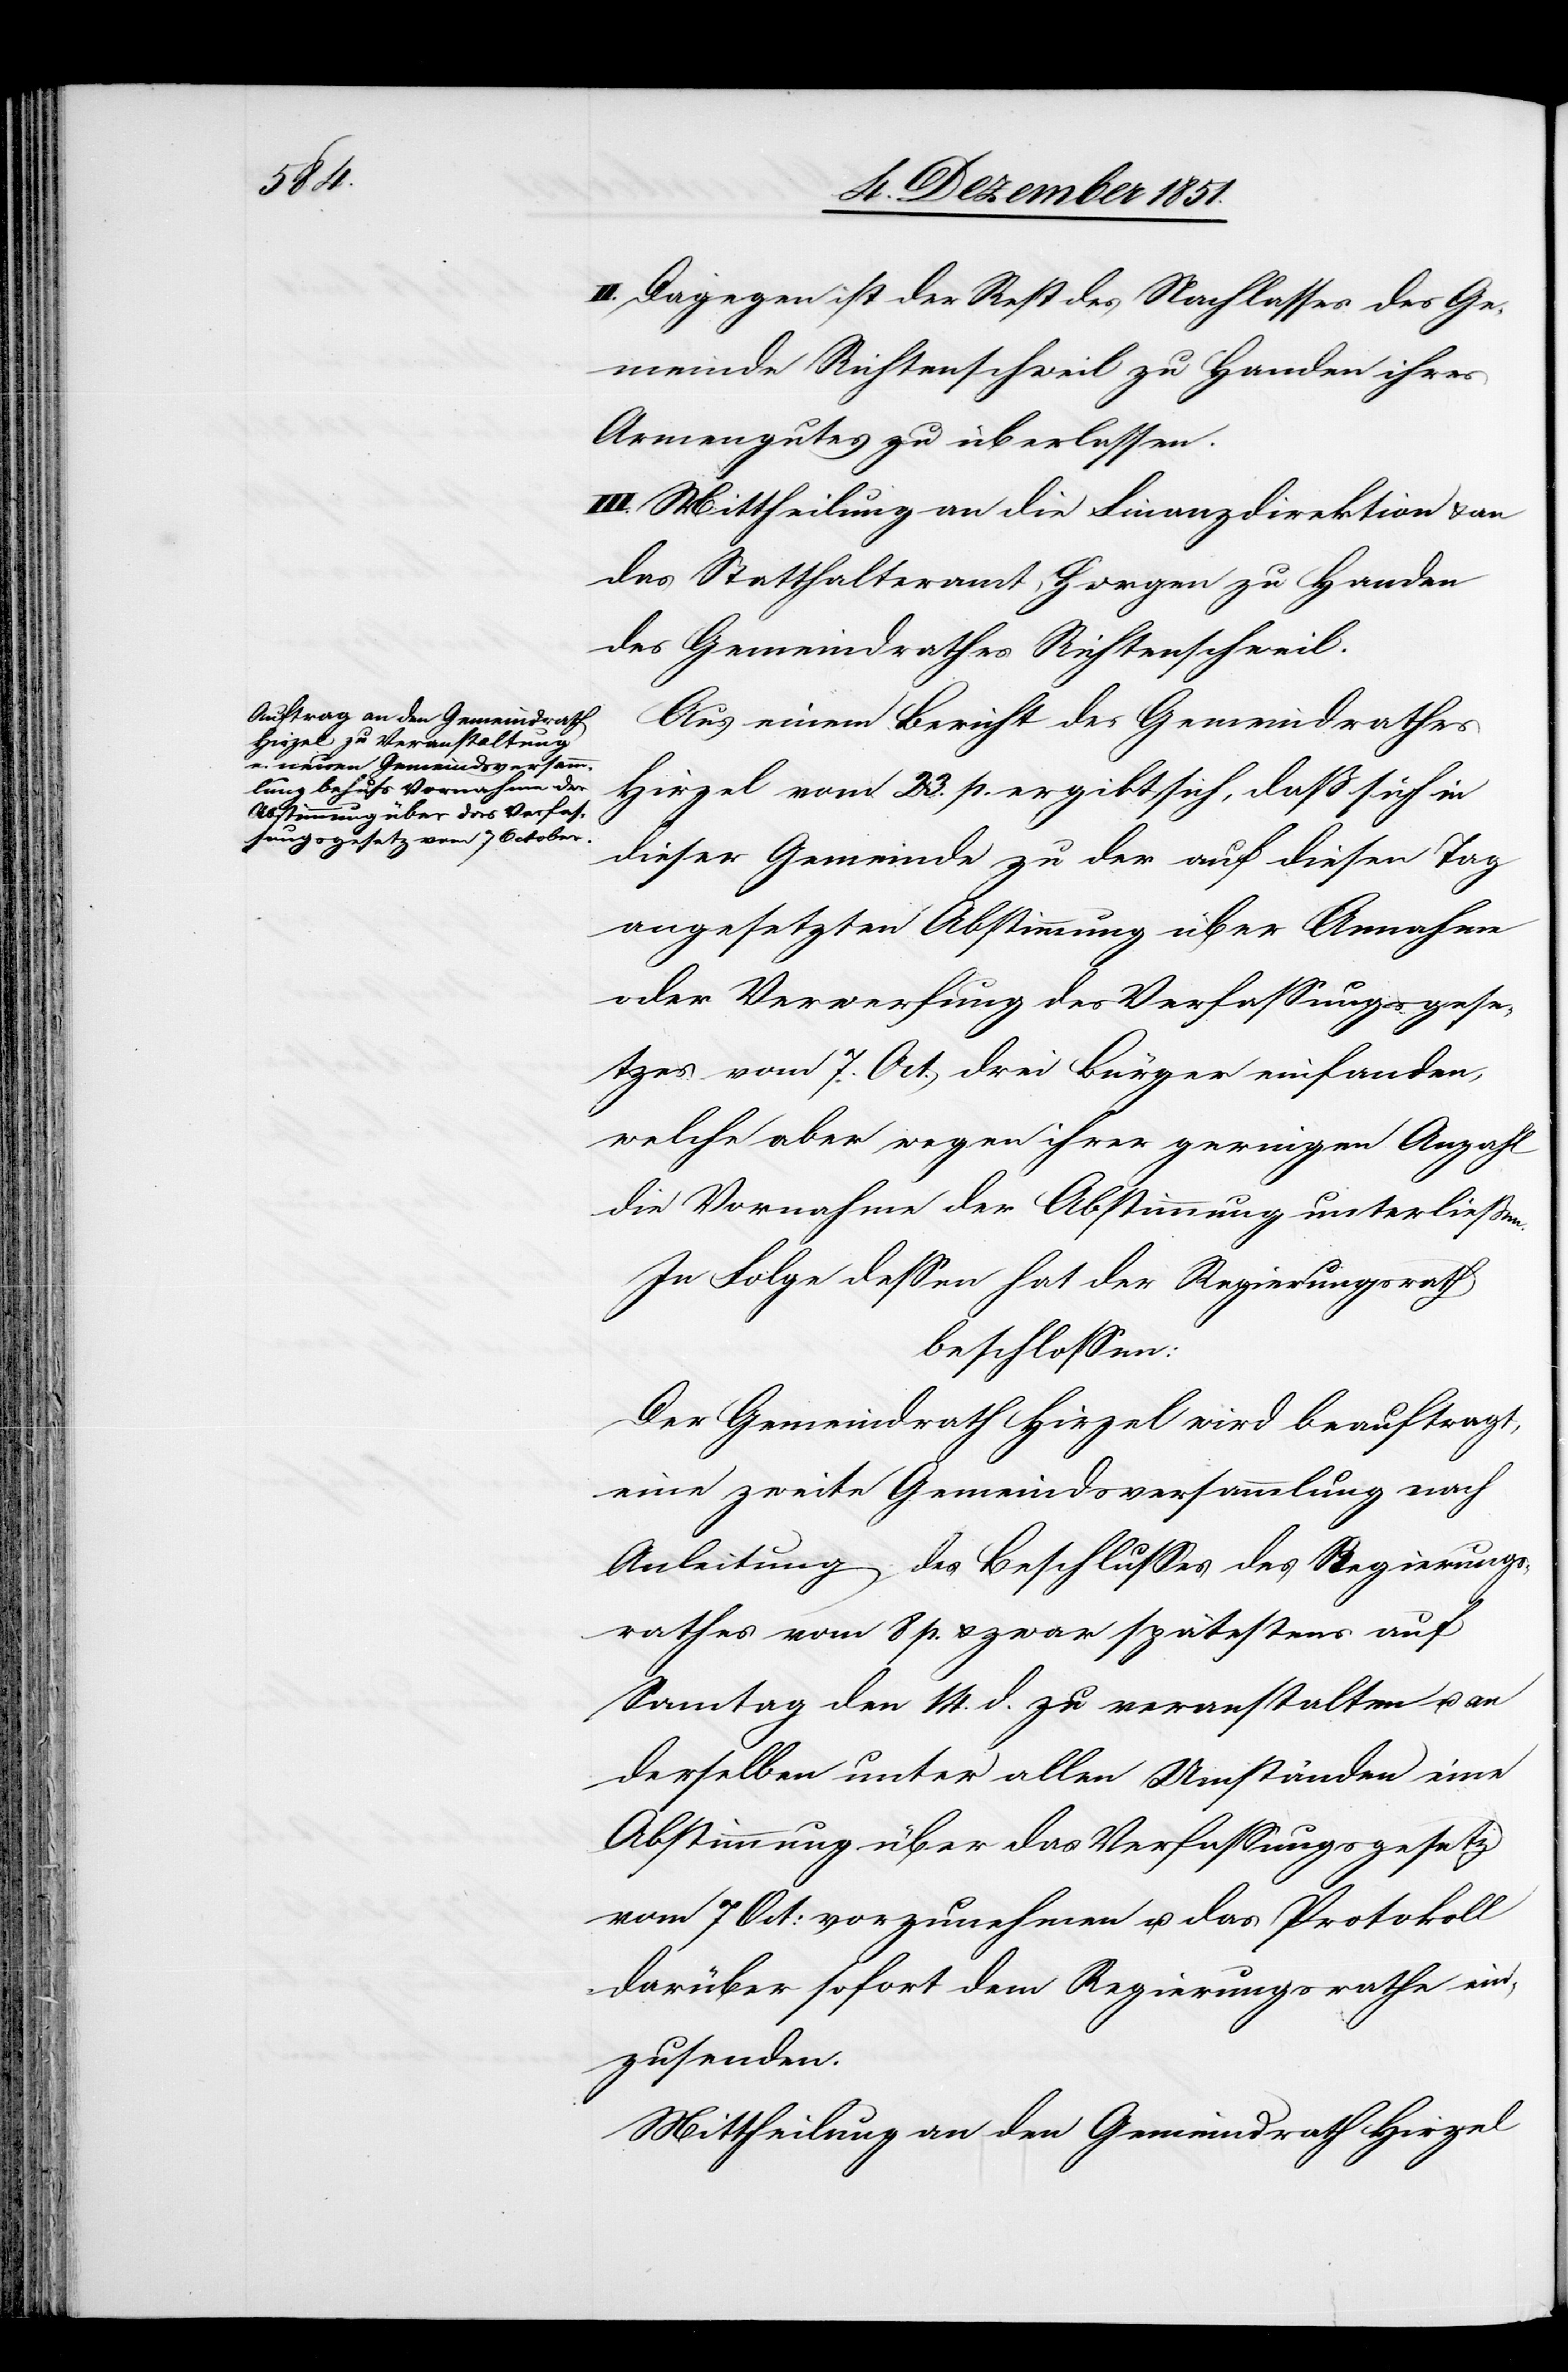
Dagegen ist der Rest des Nachlasses des
Gemeinde Richtenschweil zu Handen ihres
Armengutes zu überlassen.
III. Mittheilung an die Finanzdirektion & an
das Statthalteramt Horgen zu Handen
des Gemeindrathes Richtenschweil.
Aus einem Bericht des Gemeindrathes
Hirzel vom 23. p. ergibt sich, daß sich in
dieser Gemeinde zu der auf diesen Tag
angesetzten Abstimmung über Annahme
oder Verwerfung des Verfassungsgese¬
tzes vom 7. Oct. drei Bürger einfanden,
welche aber wegen ihrer geringen Anzahl
die Vornahme der Abstimmung unterließen.
In Folge dessen hat der Regierungsrath
beschlossen:
Der Gemeindrath Hirzel wird beauftragt,
eine zweite Gemeindsversammlung nach
Anleitung des Beschlusses des Regierungs¬
rathes vom 8 p. & zwar spätestens auf
Sonntag den 14. d. zu veranstalten u. an
derselben unter allen Umständen eine
Abstimmung über das Verfassungsgesetz
vom 7 Oct: vorzunehmen u. das Protokoll
darüber sofort dem Regierungsrathe ein¬
zusenden.
Mittheilung an den Gemeindrath Hirzel